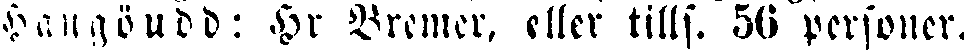
hangöudd: Hr Bremer, eller tills. 56 personer.